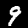
Digit: 9